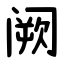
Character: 阙